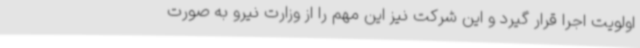
اولویت اجرا قرار گیرد و این شرکت نیز این مهم را از وزارت نیرو به صورت